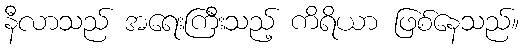
နီလာသည် အရေးကြီးသည့် ကိရိယာ ဖြစ်နေသည်။